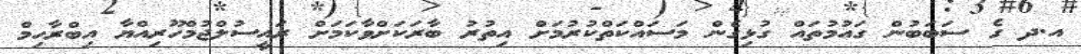
އ.ދ ގެ ސަބަބުން ގައުމުތައް ގުޅިގެން މަސައްކަތްކުރުމަށް އިތުރު ބާރަކަށްވާކަމަށް ރައީސުލްޖުމްހޫރިއްޔާ އިބްރާހިމް